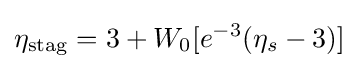
\eta _{\operatorname {stag} }=3+W_{0}[e^{-3}(\eta _{s}-3)]